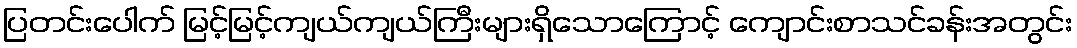
ပြတင်းပေါက် မြင့်မြင့်ကျယ်ကျယ်ကြီးများရှိသောကြောင့် ကျောင်းစာသင်ခန်းအတွင်း